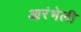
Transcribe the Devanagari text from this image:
आरंभेली